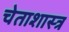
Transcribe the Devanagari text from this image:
चेताशास्त्र